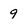
Character: 9